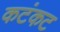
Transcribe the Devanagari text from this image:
कटंकट